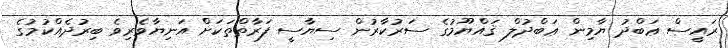
ރައީސް ޢަބްދު ޔާމިން ޢަބްދުލް ޤައްޔޫމުގެ ސަރުކާރުން ސިޔާސީ ފަރާތްތަކަށް އަނިޔާވެރިވެ ބިރުދެއްކުމުގެ